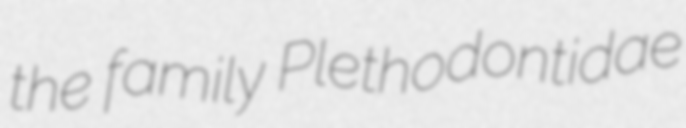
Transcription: the family Plethodontidae